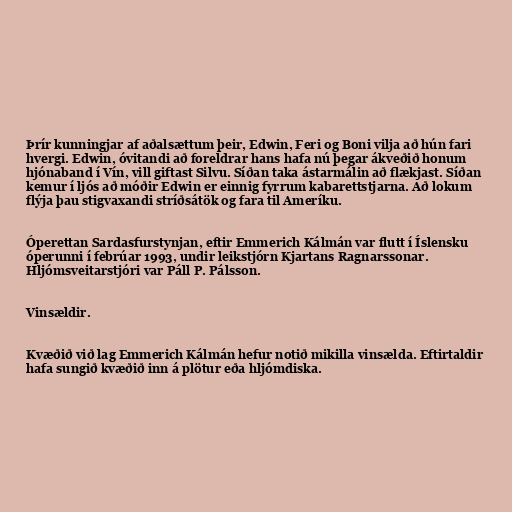
Þrír kunningjar af aðalsættum þeir, Edwin, Feri og Boni vilja að hún fari
hvergi. Edwin, óvitandi að foreldrar hans hafa nú þegar ákveðið honum
hjónaband í Vín, vill giftast Silvu. Síðan taka ástarmálin að flækjast. Síðan
kemur í ljós að móðir Edwin er einnig fyrrum kabarettstjarna. Að lokum
flýja þau stigvaxandi stríðsátök og fara til Ameríku.

Óperettan Sardasfurstynjan, eftir Emmerich Kálmán var flutt í Íslensku
óperunni í febrúar 1993, undir leikstjórn Kjartans Ragnarssonar.
Hljómsveitarstjóri var Páll P. Pálsson.

Vinsældir.

Kvæðið við lag Emmerich Kálmán hefur notið mikilla vinsælda. Eftirtaldir
hafa sungið kvæðið inn á plötur eða hljómdiska.